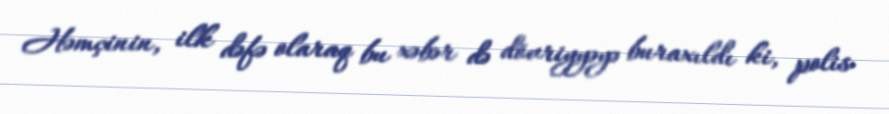
Həmçinin, ilk dəfə olaraq bu xəbər də dövriyyəyə buraxıldı ki, polis